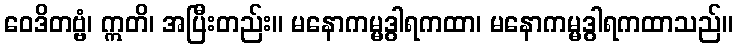
ဝေဒိတဗ္ဗံ၊ ဣတိ၊ အပြီးတည်း။ မနောကမ္မဒွါရကထာ၊ မနောကမ္မဒွါရကထာသည်။